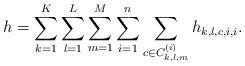
LaTeX: \begin{align*}h = \sum_{k=1}^K \sum_{l=1}^L \sum_{m=1}^M \sum_{i=1}^n \sum_{c\in C_{k,l,m}^{(i)}} h_{k,l,c,i,i} .\end{align*}